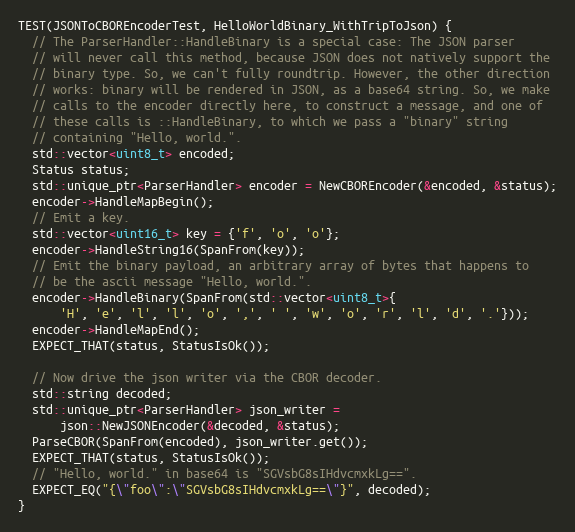
Language: C++
TEST(JSONToCBOREncoderTest, HelloWorldBinary_WithTripToJson) {
  // The ParserHandler::HandleBinary is a special case: The JSON parser
  // will never call this method, because JSON does not natively support the
  // binary type. So, we can't fully roundtrip. However, the other direction
  // works: binary will be rendered in JSON, as a base64 string. So, we make
  // calls to the encoder directly here, to construct a message, and one of
  // these calls is ::HandleBinary, to which we pass a "binary" string
  // containing "Hello, world.".
  std::vector<uint8_t> encoded;
  Status status;
  std::unique_ptr<ParserHandler> encoder = NewCBOREncoder(&encoded, &status);
  encoder->HandleMapBegin();
  // Emit a key.
  std::vector<uint16_t> key = {'f', 'o', 'o'};
  encoder->HandleString16(SpanFrom(key));
  // Emit the binary payload, an arbitrary array of bytes that happens to
  // be the ascii message "Hello, world.".
  encoder->HandleBinary(SpanFrom(std::vector<uint8_t>{
      'H', 'e', 'l', 'l', 'o', ',', ' ', 'w', 'o', 'r', 'l', 'd', '.'}));
  encoder->HandleMapEnd();
  EXPECT_THAT(status, StatusIsOk());

  // Now drive the json writer via the CBOR decoder.
  std::string decoded;
  std::unique_ptr<ParserHandler> json_writer =
      json::NewJSONEncoder(&decoded, &status);
  ParseCBOR(SpanFrom(encoded), json_writer.get());
  EXPECT_THAT(status, StatusIsOk());
  // "Hello, world." in base64 is "SGVsbG8sIHdvcmxkLg==".
  EXPECT_EQ("{\"foo\":\"SGVsbG8sIHdvcmxkLg==\"}", decoded);
}